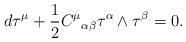
\begin{align*}d{\bf\tau}^\mu +\frac{1}{2}{C^\mu}_{\alpha\beta}{\bf\tau}^\alpha\wedge{\bf\tau}^\beta =0.\end{align*}